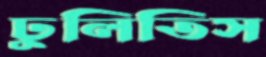
ঢুলিতিস